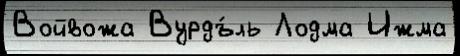
Войвожа Вурдъ́ль Лодма Ижма